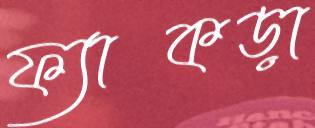
ফ্যাকড়া